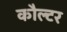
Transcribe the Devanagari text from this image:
कौल्टर